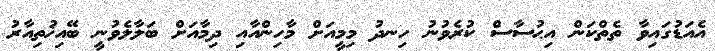
އެއަޑުގައިވާ ތެތްކަން އިޙުސާސް ކުރެވުނު ހިނދު މިމީއަށް މާހިންއާއި ދިމާއަށް ބަލާލެވުނީ ބޭއިޚުތިއާރު